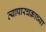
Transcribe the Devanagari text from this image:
व्यापारचक्राच्या